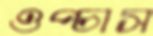
ওপ্‌চাস